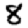
Digit: 8